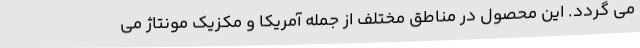
می گردد. این محصول در مناطق مختلف از جمله آمریکا و مکزیک مونتاژ می